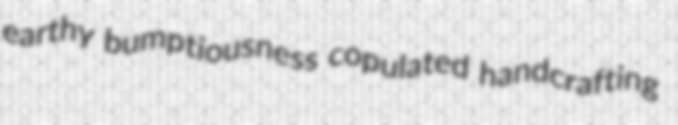
earthy bumptiousness copulated handcrafting